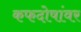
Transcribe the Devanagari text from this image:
कफदोषांवर